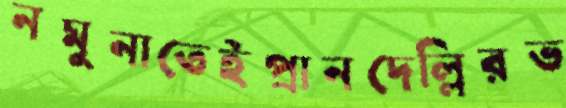
নমুনাতেইপ্রানদেল্লিরভ